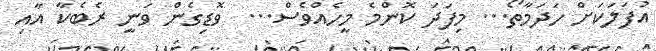
އުފަލަކަށް ހަދަމާތޯ... މިފަދަ ކޮންމެ މީހެއްވެސް...  ވޮޑިގެން ވަނީ ރެބެކާ އާއި